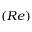
( R e )